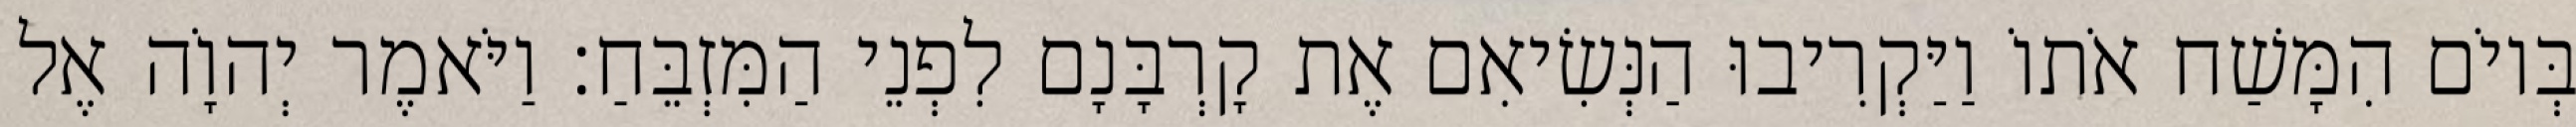
בְּיוֹם הִמָּשַׁח אֹתוֹ וַיַּקְרִיבוּ הַנְּשִׂיאִם אֶת קָרְבָּנָם לִפְנֵי הַמִּזְבֵּחַ׃ וַיֹּאמֶר יְהוָֹה אֶל